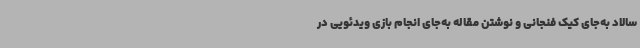
سالاد به‌جای کیک فنجانی و نوشتن مقاله به‌جای انجام بازی ویدئویی در